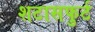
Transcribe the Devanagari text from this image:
शटासफुर्ट